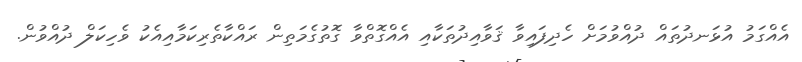
އެއްގަމު އުޅަނދުތައް ދުއްވުމަށް ހެދިފައިވާ ޤަވާއިދުތަކާއި އެއްގޮތްވާ ގޮތުގެމަތިން ރައްކާތެރިކަމާއިއެކު ވެހިކަލް ދުއްވުން.